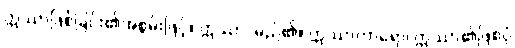
ဣဿာဖြစ်ခြင်း၏အစွမ်းဖြင့်။ ဣဿာ၊ မည်၏။ ဣဿာကာရော၊ ဣဿာ၏ဖြစ်ပုံ